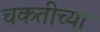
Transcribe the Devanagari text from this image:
चकतीच्या